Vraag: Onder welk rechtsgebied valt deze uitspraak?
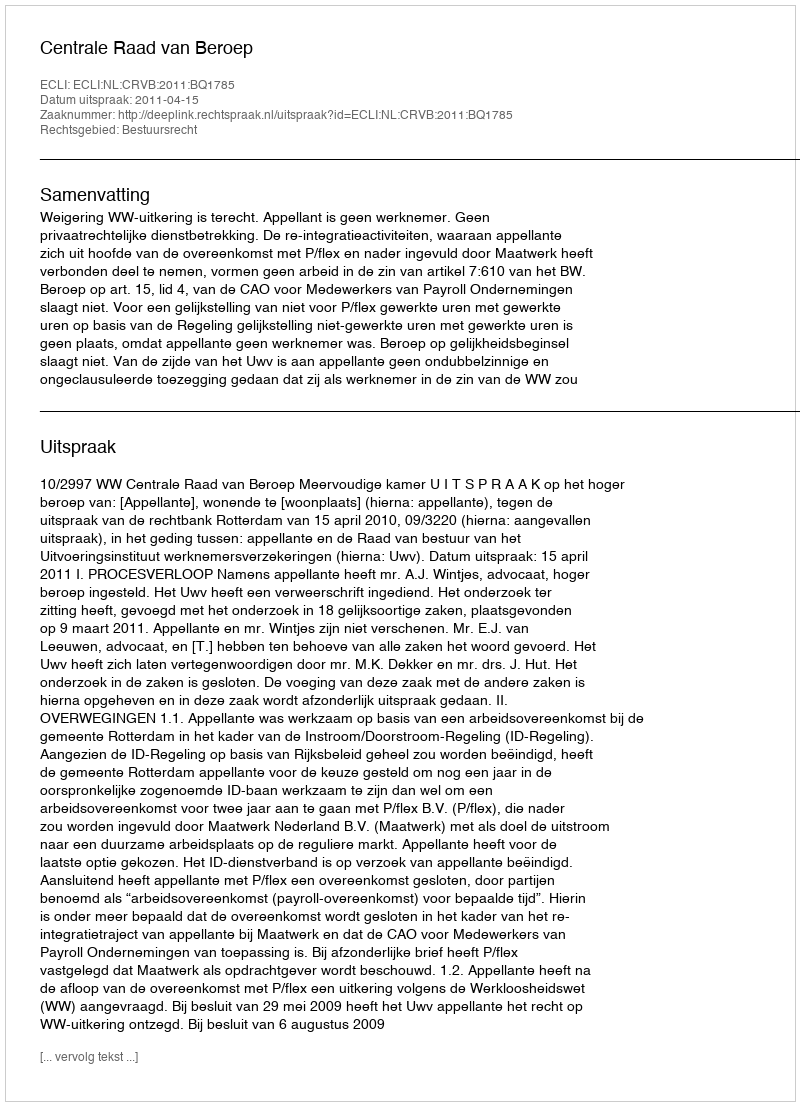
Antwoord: Bestuursrecht